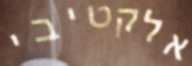
אלקטיבי